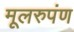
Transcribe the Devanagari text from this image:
मूलरुपंण